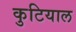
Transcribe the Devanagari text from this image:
कुटियाल